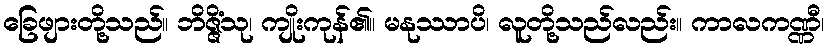
ခြေဖျားတို့သည်။ ဘိဇ္ဇိံသု၊ ကျိုးကုန်၏။ မနုဿာပိ၊ လူတို့သည်လည်း။ ကာလကဏ္ဏီ၊